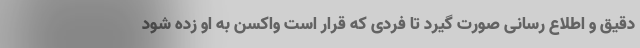
دقیق و اطلاع رسانی صورت گیرد تا فردی که قرار است واکسن به او زده شود